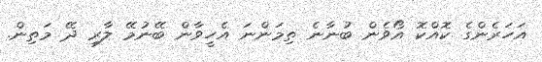
އަހަރެންގެ ކޮއްކޮ އޯވެން ބުނާނެ ތިމަންނަ އެހީވާން ބޭނުމޭ ލާރި ދޭ މަތިން.